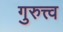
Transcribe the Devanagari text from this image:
गुरुत्त्व